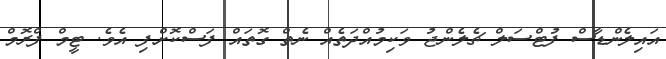
އައިލެންޑާސް ފުޓްސަލް ޗެލެންޖު ވަކިމުއްދަތެއް ނެތް ގޮތައް ފަސްކޮށްފި އެވެ. ޓީމް ފްރޮމް